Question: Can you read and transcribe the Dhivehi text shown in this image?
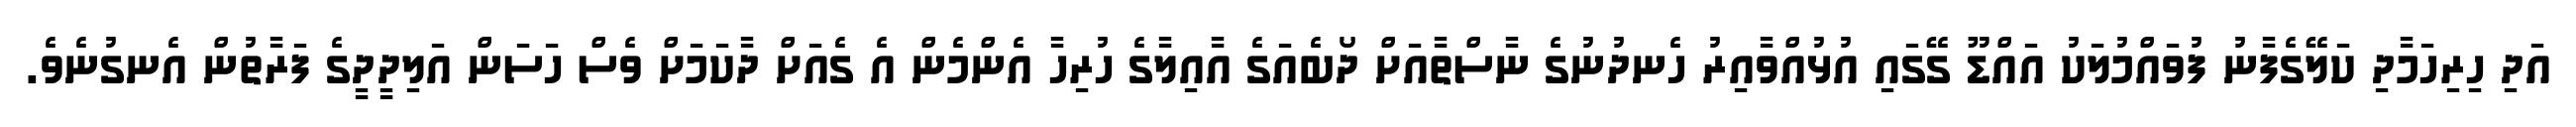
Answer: އަދި ހިރިހަމާދި ކަލޭގެފާނު ފުވައްމުލަކު އައްޑޫ ގޭގައި އުޅުއްވާއިރު ހެނދުނުގެ ނާސްތާއަށް ދޯބެއަގެ އާއިލާގެ ހުރިހާ އެންމެން އެ ގެއަށް ދާކަމަށް ވެސް ހަސަން އަލިދީދީގެ ފަރާތުން އެނގުނެވެ.